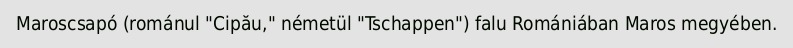
Maroscsapó (románul "Cipău," németül "Tschappen") falu Romániában Maros megyében.